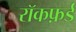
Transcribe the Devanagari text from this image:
रॉकफ़र्ड